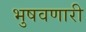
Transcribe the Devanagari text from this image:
भुषवणारी